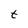
Character: t